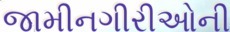
જામીનગીરીઓની